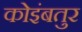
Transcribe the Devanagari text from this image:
कोइंबतुर